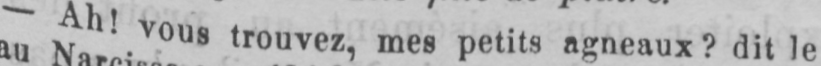
- Ah! vous trouvez, mes petits agneaux? dit le